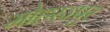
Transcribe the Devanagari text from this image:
मोहरज्पुर